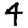
Digit: 4